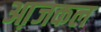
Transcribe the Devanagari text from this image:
आ़जकल